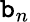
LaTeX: \mathtt{b}_{n}